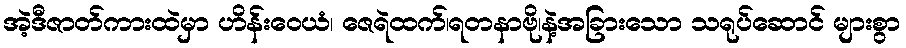
အဲ့ဒီဇာတ်ကားထဲမှာ ဟိန်းဝေယံ၊ ဇေရဲထက်၊ရတနာဗို၊နဲ့အခြားသော သရုပ်ဆောင် များစွာ